Civil Veterinary Department. United Provinces 1912-22 - 1912-1922
Year: 1912
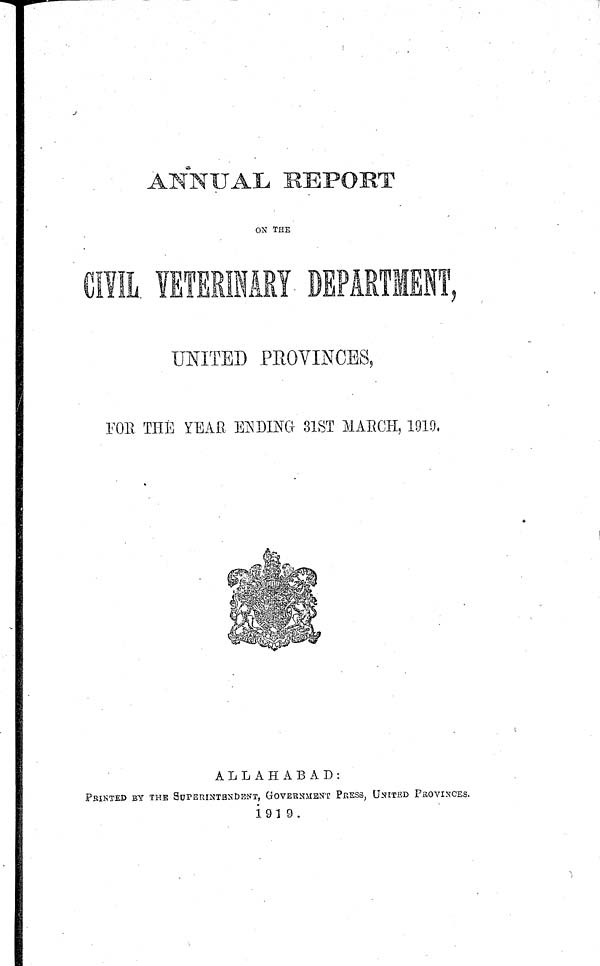
ANNUAL REPORT
ON THE
UNITED PROVINCES,
FOE. THE YEAR ENDING 31ST MARCH, 1919,
ALLAHABAD:
Printed by the Superintendent, Government Press, United Provinces,
1919.